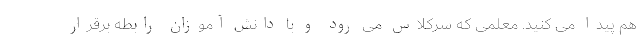
هم پیدا می کنید. معلمی که سرکلاس می رود و با دانش آموزان رابطه برقرار